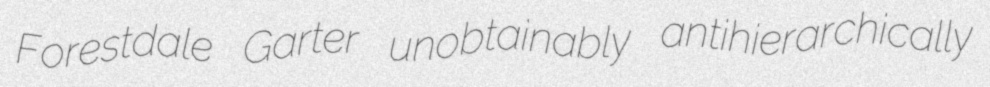
Forestdale Garter unobtainably antihierarchically